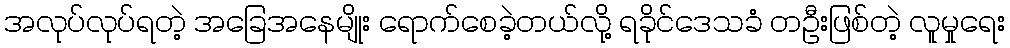
အလုပ်လုပ်ရတဲ့ အခြေအနေမျိုး ရောက်စေခဲ့တယ်လို့ ရခိုင်ဒေသခံ တဦးဖြစ်တဲ့ လူမှုရေး